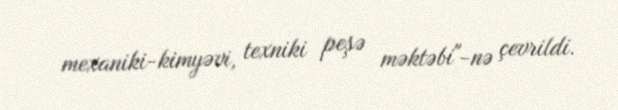
mexaniki-kimyəvi, texniki peşə məktəbi"-nə çevrildi.